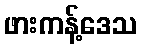
ဖားကန့်ဒေသ